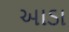
આડા